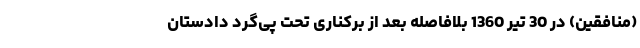
(منافقین) در 30 تیر 1360 بلافاصله بعد از برکناری تحت پی‌گرد دادستان